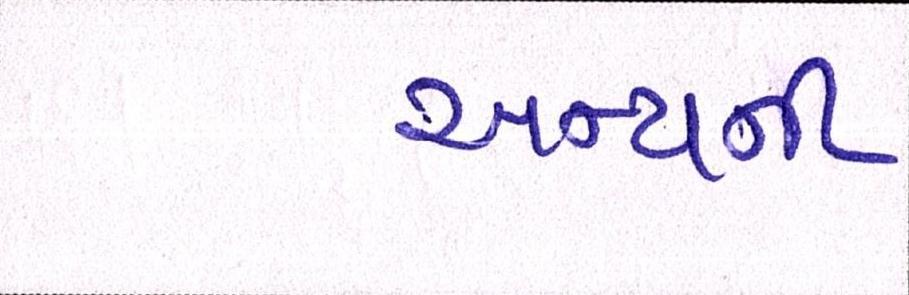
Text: અન્યની